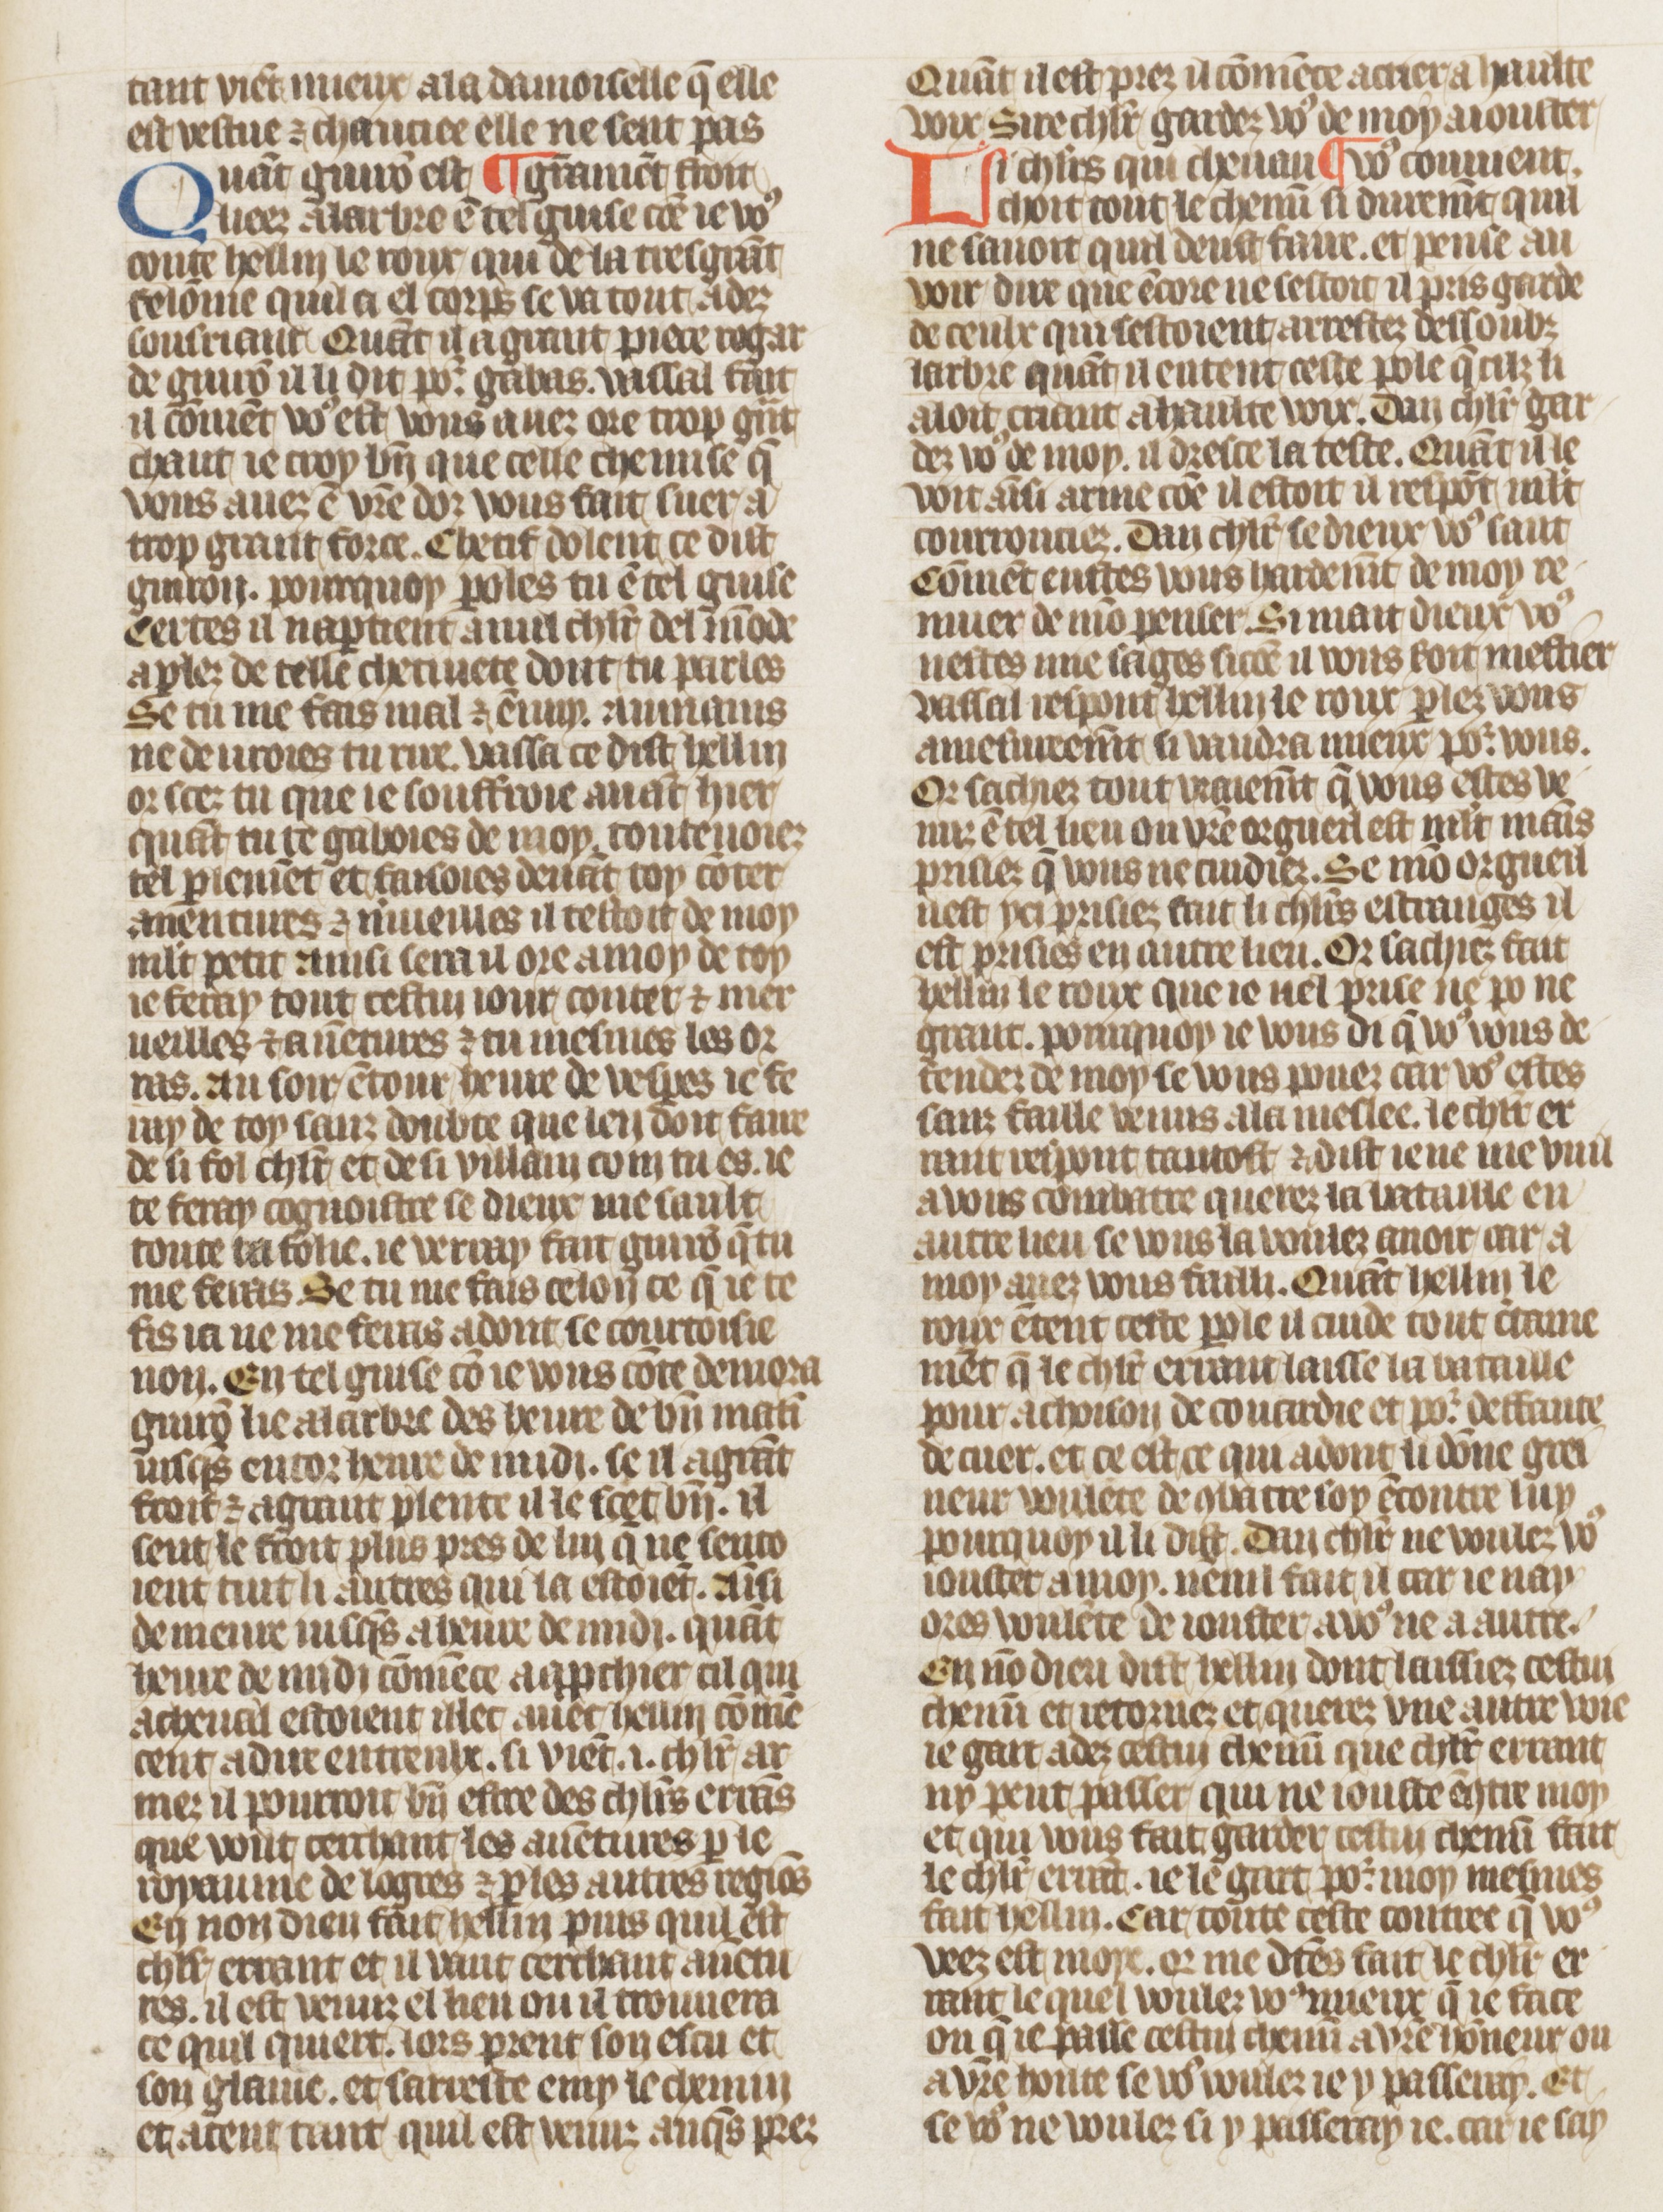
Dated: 1410–1430